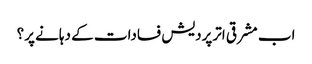
اب مشرقی اترپردیش فسادات کے دہانے پر؟